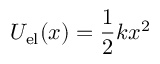
U _ { \mathrm { e l } } ( x ) = { \frac { 1 } { 2 } } k x ^ { 2 }